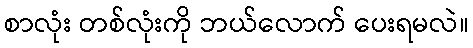
စာလုံး တစ်လုံးကို ဘယ်လောက် ပေးရမလဲ။